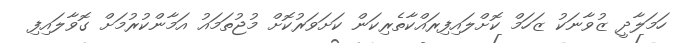
ހަމަލާދީ ޒުވާނަކު ޒަހަމް ކޮށްލައިފިރައްކާތެރިކަން ކަށަވަރުކޮށް މުޖުތަމައު އަމާންކުރުމަށް ގޮވާލައިފި